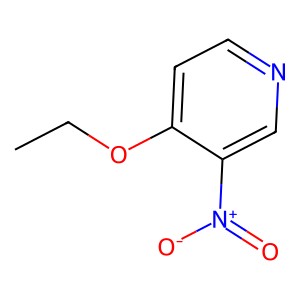
SMILES: CCOc1ccncc1[N+](=O)[O-]
Inhibits HIV replication: No